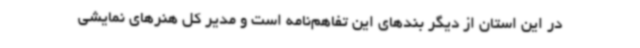
در این استان از دیگر بندهای این تفاهم‌نامه است و مدیر کل هنرهای نمایشی